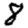
Digit: 8